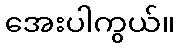
အေးပါကွယ်။